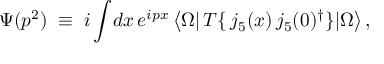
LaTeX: \Psi ( p ^ { 2 } ) \; \equiv \; i \int \! d x \, e ^ { i p x } \, \big < \Omega \vert \, T \{ \, j _ { 5 } ( x ) \, j _ { 5 } ( 0 ) ^ { \dagger } \} \vert \Omega \big > \, ,